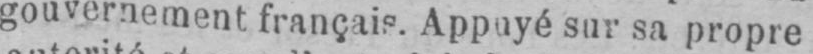
gouvernement, français. Appuyé sur sa propre